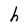
Character: h